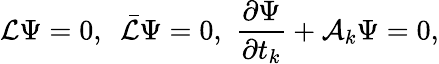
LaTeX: {\cal L}\Psi=0,\, \, \, \bar{\cal L}\Psi=0,\, \, {\frac{\partial\Psi}{\partial t_{k}}}+{\cal A}_{k}\Psi=0,